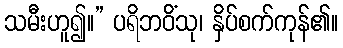
သမီးဟူ၍။” ပရိဘဝိံသု၊ နှိပ်စက်ကုန်၏။